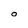
Character: O